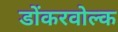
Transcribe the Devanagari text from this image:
डोंकरवोल्क